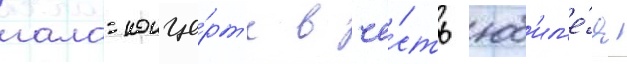
гала-конце́рт'е в че́сть юб'ил'е́я